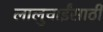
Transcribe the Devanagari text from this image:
लालुचाईंसाठीं